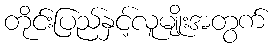
တိုင်းပြည်နှင့်လူမျိုးအတွက်